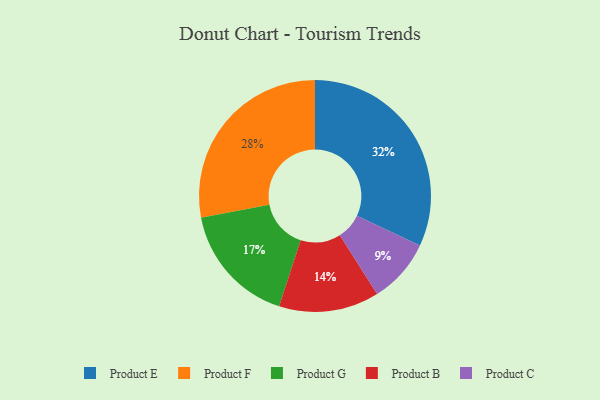
{"axis": {"x": "Category", "y": "Percentage"}, "legend": ["Product B", "Product C", "Product E", "Product F", "Product G"], "data": [{"x": "Product B", "y": 14, "type": "Product B"}, {"x": "Product C", "y": 9, "type": "Product C"}, {"x": "Product G", "y": 17, "type": "Product G"}, {"x": "Product E", "y": 32, "type": "Product E"}, {"x": "Product F", "y": 28, "type": "Product F"}]}